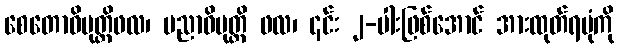
စေတောဝိမုတ္တိဖလ၊ ပညာဝိမုတ္တိ ဖလ၊ ၎င်း ၂-ပါးဖြစ်အောင် အားထုတ်ရပုံကို